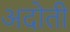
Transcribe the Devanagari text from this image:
अदोती